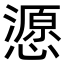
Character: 𢢵